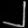
Digit: ၂